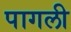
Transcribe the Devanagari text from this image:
पागली